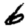
Digit: 6